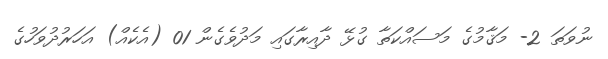
ނުވަތަ 2- މަޤާމުގެ މަސައްކަތާ ގުޅޭ ދާއިރާގައި މަދުވެގެން 01 (އެކެއް) އަހަރުދުވަހުގެ